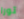
تورا